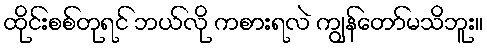
ထိုင်းစစ်တုရင် ဘယ်လို ကစားရလဲ ကျွန်တော်မသိဘူး။